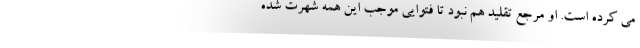
می کرده است. او مرجع تقلید هم نبود تا فتوایی موجب این همه شهرت شده